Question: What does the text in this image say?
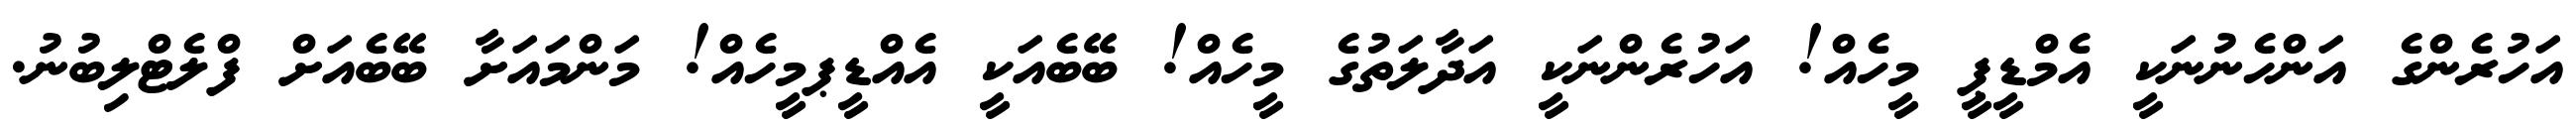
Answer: އަހުރެންގެ އަންހެނުނަކީ އެމްޑީޕީ މީހެއް! އަހުރެންނަކީ އަދާލަތުގެ މީހެއް! ބޭބެއަކީ އެއްޑީޕމީހެއް! މަންމައަށާ ބޭބެއަށް ފްލެޓްލިބުނު.